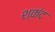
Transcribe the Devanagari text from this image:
श्कंद